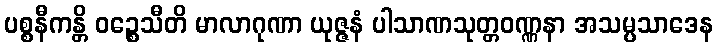
ပစ္စနီကန္တိ ဝဉ္စေသီတိ မာလာဂုဏာ ယုဇ္ဇနံ ပါသာဏသုတ္တဝဏ္ဏနာ အသမ္ပသာဒေန